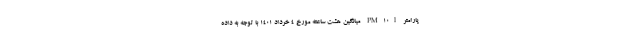
پارامتر PM۱۰l میانگین هشت ساعته مورخ ۴ خرداد ۱۴۰۱ با توجه به داده